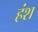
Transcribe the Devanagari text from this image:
हंश